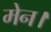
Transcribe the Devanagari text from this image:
मेन।